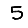
Digit: 5